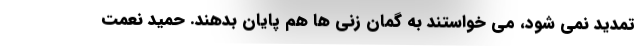
تمدید نمی شود، می خواستند به گمان زنی ها هم پایان بدهند. حمید نعمت